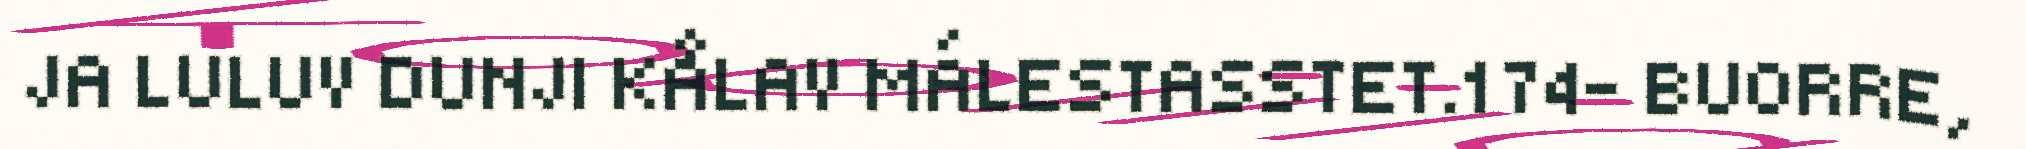
JA LULUV DUNJI KÅLAV MÁLESTASSTET.174– BUORRE,